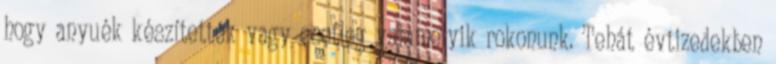
hogy anyuék készítették vagy esetleg valamelyik rokonunk. Tehát évtizedekben